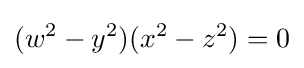
\displaystyle (w^{2}-y^{2})(x^{2}-z^{2})=0